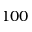
1 0 0